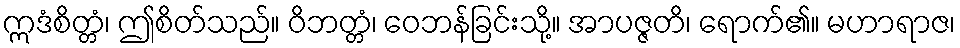
ဣဒံစိတ္တံ၊ ဤစိတ်သည်။ ဝိဘတ္တံ၊ ဝေဘန်ခြင်းသို့။ အာပဇ္ဇတိ၊ ရောက်၏။ မဟာရာဇ၊